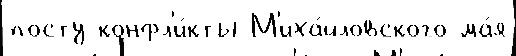
посту конфл'и́кты М'иха́йловского ма́я